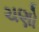
ચણો